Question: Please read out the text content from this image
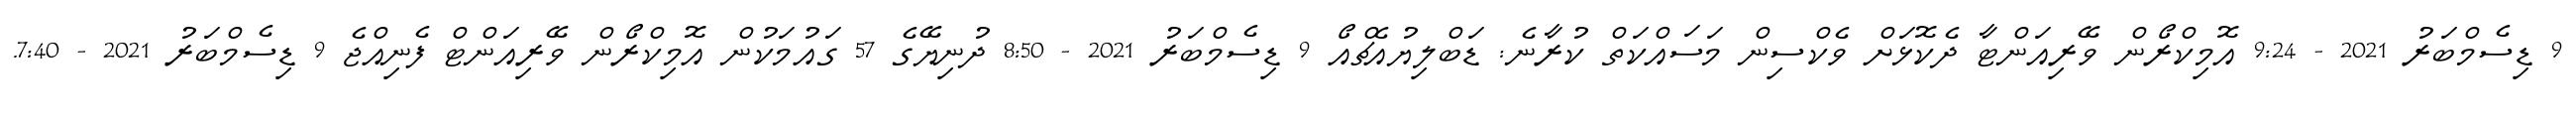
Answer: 9 ޑިސެމްބަރު 2021 - 9:24 އޮމިކްރޯން ވޭރިއަންޓާ ދެކޮޅަށް ވެކްސިން މަސައްކަތް ކުރާނެ: ޑަބްލިޔުއެޗްއޯ 9 ޑިސެމްބަރު 2021 - 8:50 ދުނިޔޭގެ 57 ގައުމަކުން އޮމިކްރޯން ވޭރިއަންޓް ފެނިއްޖެ 9 ޑިސެމްބަރު 2021 - 7:40.